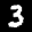
Label: 3